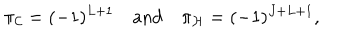
\pi _ { \cal C } = ( - 1 ) ^ { L + 1 } \quad \mathrm { a n d } \quad \pi _ { \cal H } = ( - 1 ) ^ { J + L + 1 } ,